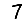
Digit: 7